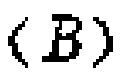
$(B)$